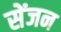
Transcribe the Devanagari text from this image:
सेंजन